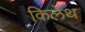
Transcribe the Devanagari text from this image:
किलेथ